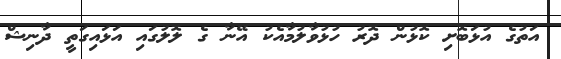
އަތުގެ އުޅަބޮށި ކޮޅުން ދޮރު ހުޅުވާލުމާއެކު އޭނާ ގެ ލޮލުގައި އަޅައިގަތީ ދާނިޝް